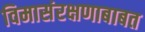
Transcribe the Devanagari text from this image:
विमासंरक्षणाबाबत